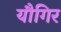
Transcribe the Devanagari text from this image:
यौगिर